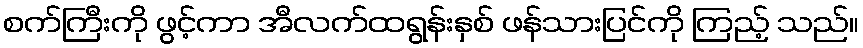
စက်ကြီးကို ဖွင့်ကာ အီလက်ထရွန်းနှစ် ဖန်သားပြင်ကို ကြည့် သည်။